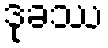
ဒုခဿ